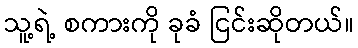
သူ့ရဲ့ စကားကို ခုခံ ငြင်းဆိုတယ်။